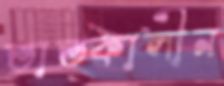
তাত্কালীন